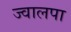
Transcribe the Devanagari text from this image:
ज्वालपा